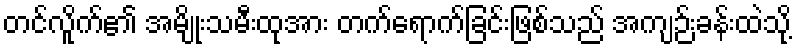
တင်လိူက်၏ အမျိုးသမီးထုအား တက်ရောက်ခြင်းဖြစ်သည် အကျဉ်းခန်းထဲသို့